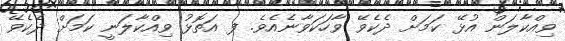
ވިއްކާލަން އުޅޭ ކަމަށް ދެކެވޭ ވާހަކަވާނެއެވެ. ފ އަތޮޅު ވިއްކާލަނީ ކަމަށް ދެކެވޭ